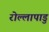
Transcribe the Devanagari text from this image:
रोल्लापाडु